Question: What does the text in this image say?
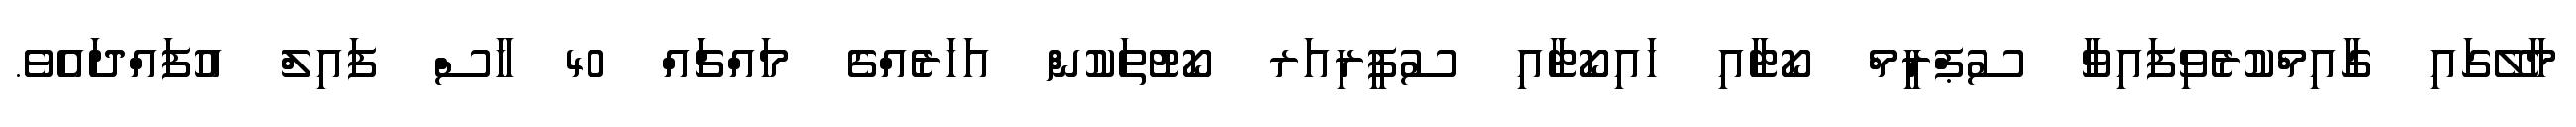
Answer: މާލޭގައި ގާއިމްކުރެވިފައިވާ ސުޕްރީމް ކޯޓާއި ހައިކޯޓާއި ސުޕީރިއަރ ކޯޓުތަކުން އަހަރެއްގެ މައްޗައް 40 ހާސް ފައިލް އުފައްދައެވެ.